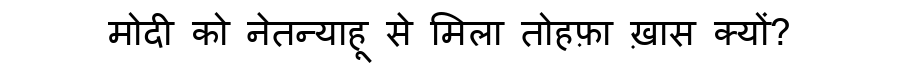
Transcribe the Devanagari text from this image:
मोदी को नेतन्याहू से मिला तोहफ़ा ख़ास क्यों?